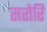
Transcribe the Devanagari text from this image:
सरोरि